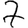
Digit: 7